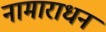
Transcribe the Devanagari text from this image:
नामाराधन